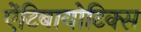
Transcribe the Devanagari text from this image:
ऐंटिबायोटिक्स